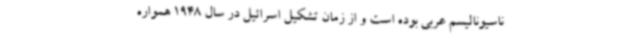
ناسیونالیسم عربی بوده است و از زمان تشکیل اسرائیل در سال 1948 همواره